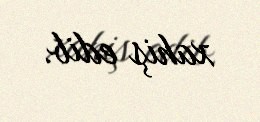
xahiş edib.